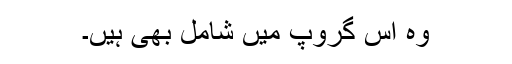
وہ اس گروپ میں شامل بھی ہیں۔